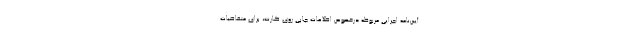
آیین‌نامه اجرایی مربوطه درخصوص اطلاعات چاپی روی کارت، برای متقاضیات